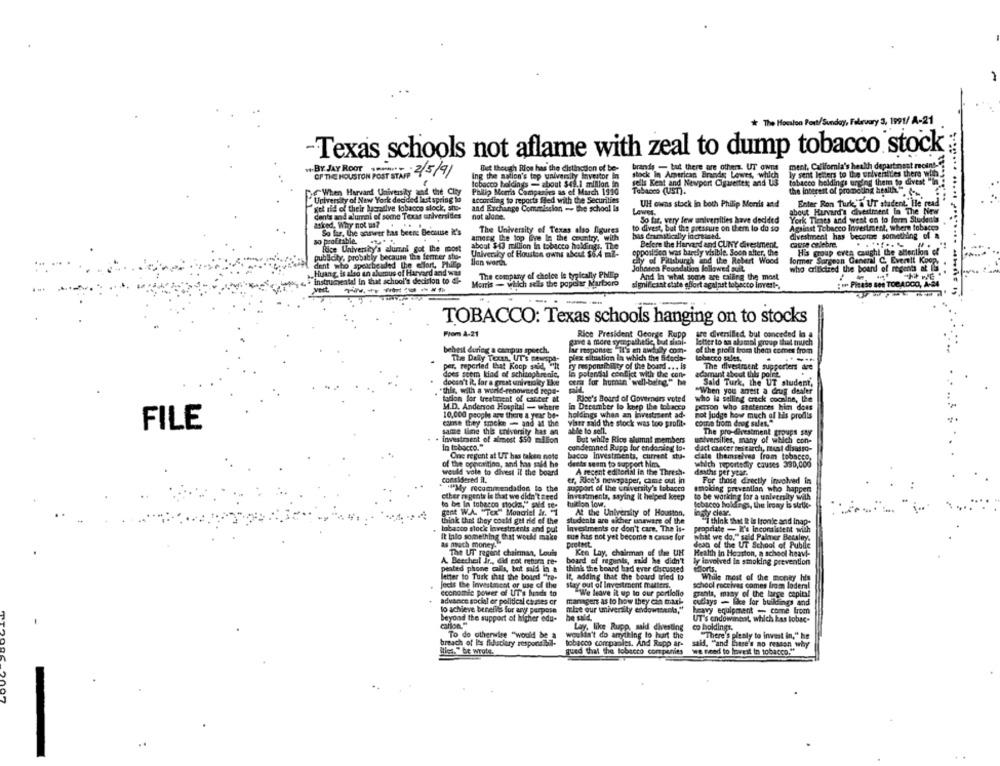
k The Houston Post/Sunday, February 3, 1991/ A-21
-Texas schools not aflame with zeal to dump tobacco stock
.. BY JAY ROOT ......
Bet though Rios has the distinction of be-
brands - but there are other UT owns
ment, California's health department recin!
OF THE HOUSTON POST STAFF 2/5/91
Ing the nation's top university Investor In
stock In American Brandos Lowes, which
ly sent letters to the universities there wiih.
tobacco holdings - about $49.1 million in
sells Keat and Newport Cigaretter; and US
tabacco holdings urging them to divest "! !
When Harvard University and the City
Philip Morris Companies as of March 1990
Tobacco (UST).
the interest of promoting health " .--
"University of New York decided last spring to
According to reports filled with the Securities
get rid of their lucrative tobacco slock, she-
and Exchange Commission - the school is
UH owns stock in both Philip Morris and
Enter Ron Turk'a UT student. Be read
dents and alumni of some Texas universities
not alone.
Lowes.
about Huvud's divestment in The New
So far, very few universities have decided
York Times and went on to form Studen
asked, Why not us ?.
..
The University of Texas also figures
to divest, but the pressure on them lo do so
Agalast Tobacco Investment, where tobacco
So far. the answer has been Because it's
amerg the top Eye In the country, with
has erratically increased.
divestment has become something of a
so profitable.
Before the Harvard and CUNY divestment.
cause celebre.
Rice University's alumni got the most
University of Houston owns about $6.4 m2-
about $43 million In tobacco holdingi. The
opposition was barely visible. Soon after, the
His group even caught the attention of
publicity, probably because the fermer sto-
lian worth
chy of Pittsburgh and the Robert Wood
former Surgeon General C. Ever !! Koop.
dent who spearbeaded the effort, Philip
Johanen Foundation followed sull.
who criticized the board of regents at 15
„Huang is also un alomus of Harvard and was
The company of choice is typically Philip
And In what some are calling the most
instrumental in that school's decision to di-
Morris - wilich sels the popeler Marboro
:** Picasa sei TOCADOO, A-24
significant state effort against tobacco invert -.
--
TOBACCO: Texas schools hanging on to stocks
Prom A-21
Rice President George Rupp
are diversilled, but conceded in a
gave a more sympathetic, but sical-
letter to an alamal group that much
bebest during a campus speech.
lar response: "It's an awfully com-
of the profit from them comes from
The Daily Textn, UT'S Fewspa-
plex situation in which the Sidede-
lobecco sales.
per. reported that Koop said, "he
ry responsibility of the board ... is
The divestment supporters dce
does seem kind of schizophrenic,
In polandal conflict with the con-
adamant about this point.
doesn't it lar a great uniraniky Boe
orma for human well-being." he
Said Turk, the UT student,
this, with a world-renowned sepa-
"When you arrest a drug dealer
tation for treatment of cancer at
Rice's Board of Governors voted
who la selling crack cocaine, the
M.D. Anderson Hospital - where
in December to keep the tobacco
person who stetences him does
4
holdings when an livestreent ad-
10,000 people are there a year be-
not judge how much of His prodts
FILE
comse they smoke - and at the
same time this university has an
able to sell.
viser said the stock was too profit.
come from drog sales."
The pro-divestment groups say
investment of almost $50 million
In tobacco."
But while Rice alumni members
universilles, many of which con-
condemned Rupp for endorsing lo-
dact cancer research, must disasso-
One regent at UT has taken note
bacco Investments, current stu-
cale themselves from tobacco.
.. .
of the opposition, and has said he
Jeets seem to support him.
which reportedly causes 390,000
would vole to divest Il the board
A recent editorial in the Thresh.
deaths per year.
considered il.
er, Rice's newspaper, came out in
For those directly involved in
"My recommendation to the
support of the university's tobacco
smoking prevention who happen
ether m pents is that we didn't zeed
investments, saying It helped keep
to be working for a university with
to be In tobacco stocim,"" sald se-
tuition low.
cbacco holdings, the irony is strik.
gant W.A. "Tex" Moncriel Ir. 1
At the University of Houston,
think that they could get rid of the
students are eicher unaware of the
"i think that & is Ironie and inap-
tobacco slock lavestrz.ents and put
investments or don't care. The is-
propriate - I's Inconsistent wich
It into something that would make
sue has not yet become a cause for
as much money.
pretest
dean of the UT School of Public
phil we do." said Palmer Beesley.
The UT regent chaleman, Louis
Ken Lay, chairman of thee UH
Health In Houston, a school heav !-
A. Beecheil Jr ., did not return re-
peated phone calls, but mid in a
board of regents, said he didn't ly involved in smoking prevention
think the board had ever Chycussed
letter to Turk that the board "re-
It, adding that the board tried to
While most of the money his
Jects the Investment or use of the
stay out of Investment matters.
school receives comes from loderal
economie power of UT's bunds to
We leave it up to our portfolio
grants, many of the large capital
advance social er political casses cr
managers as to how they can mark
cutlays - like for buildings and
to achieve benefits for any purpose
mie our university endowments,"
heavy equipment - come from
beyond the support of higher edu-
he sald.
UT's endowinent, which kas tobac-
carlon."
Lay, like Rupp, said divesting
co boldings.
To do otherwise "would be a
wouldn't do anything to hurt the
"There's plenty to invest in," he
breach of Its fiduciary responsibil-
tobacco companies, And Rupp ar-
Ities. " be wrote.
gued that the tobacco companies
we need to lowest in tobacco."
said, "and here's no reason why
. .